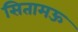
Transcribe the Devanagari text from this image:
सितामऊ